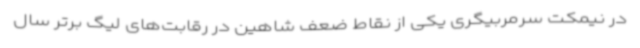
در نیمکت سرمربیگری یکی از نقاط ضعف شاهین در رقابت‌های لیگ برتر سال